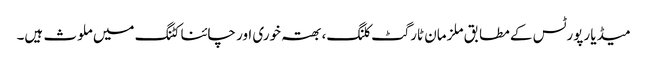
میڈیا رپورٹس کے مطابق ملزمان ٹارگٹ کلنگ، بھتہ خوری اور چائنا کٹنگ میں ملوث ہیں۔